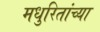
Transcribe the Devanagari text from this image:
मधुरितांच्या